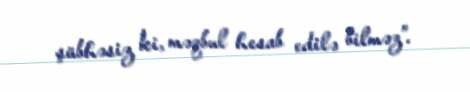
şübhəsiz ki, məqbul hesab edilə bilməz”.